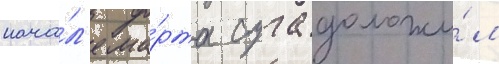
нача́л'е ма́рта суга доложи́л